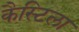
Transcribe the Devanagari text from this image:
कैस्टिला